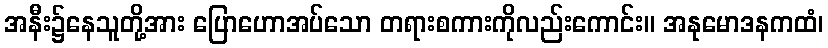
အနီး၌နေသူတို့အား ပြောဟောအပ်သော တရားစကားကိုလည်းကောင်း။ အနုမောဒနကထံ၊